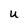
Character: u